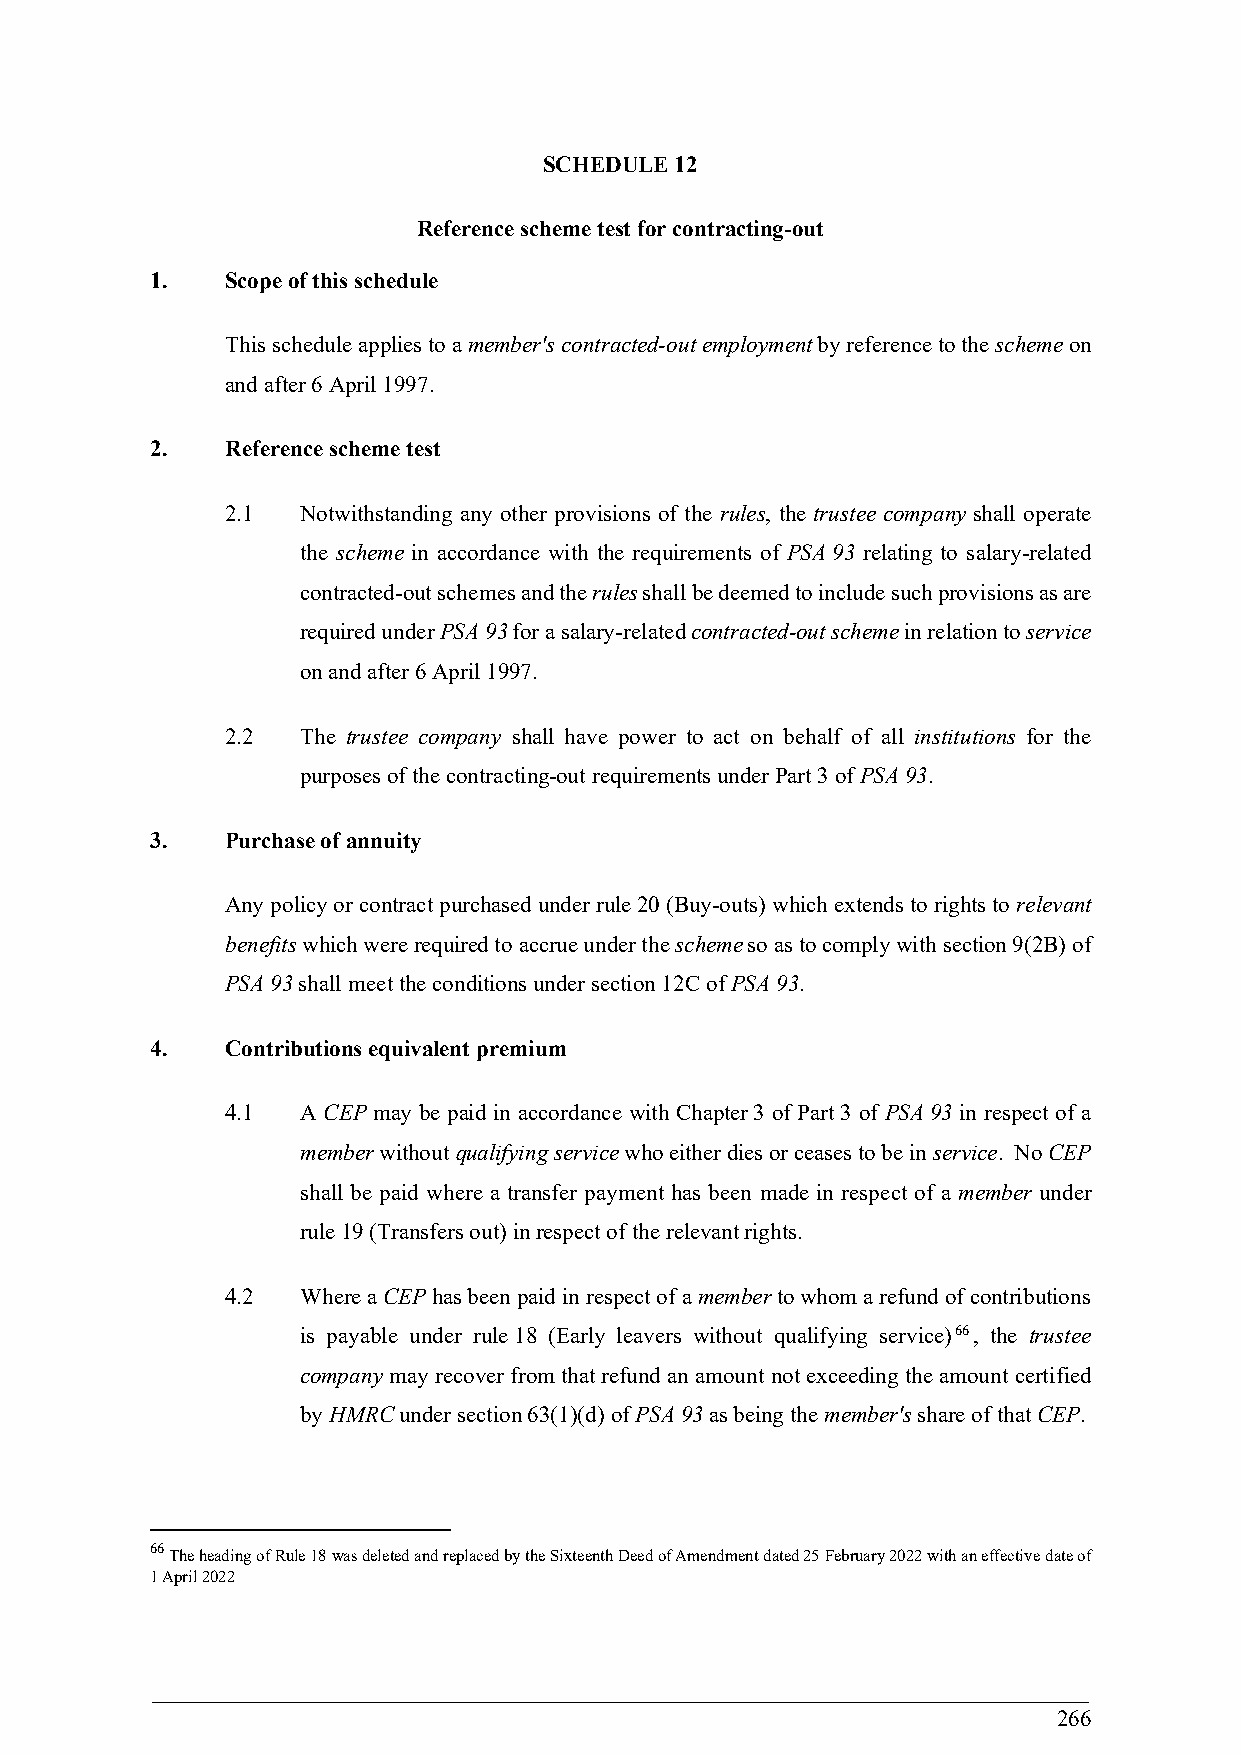
SCHEDULE 12
 Reference scheme test for contracting-out
 1.   Scope of this schedule
 This schedule applies to a member's contracted-out employment by reference to the scheme on
 and after 6 April 1997.
 2.   Reference scheme test
 2.1  Notwithstanding any other provisions of the rules, the trustee company shall operate
 the scheme in accordance with the requirements of PSA 93 relating to salary-related
 contracted-out schemes and the rules shall be deemed to include such provisions as are
 required under PSA 93 for a salary-related contracted-out scheme in relation to service
 on and after 6 April 1997.
 2.2  The trustee company shall have power to act on behalf of all institutions for the
 purposes of the contracting-out requirements under Part 3 of PSA 93.
 3.   Purchase of annuity
 Any policy or contract purchased under rule 20 (Buy-outs) which extends to rights to relevant
 benefits which were required to accrue under the scheme so as to comply with section 9(2B) of
 PSA 93 shall meet the conditions under section 12C of PSA 93.
 4.   Contributions equivalent premium
 4.1  A CEP may be paid in accordance with Chapter 3 of Part 3 of PSA 93 in respect of a
 member without qualifying service who either dies or ceases to be in service. No CEP
 shall be paid where a transfer payment has been made in respect of a member under
 rule 19 (Transfers out) in respect of the relevant rights.
 4.2  Where a CEP has been paid in respect of a member to whom a refund of contributions
 is payable under rule 18 (Early leavers without qualifying service)66, the trustee
 company may recover from that refund an amount not exceeding the amount certified
 by HMRC under section 63(1)(d) of PSA 93 as being the member's share of that CEP.
 66
 The heading of Rule 18 was deleted and replaced by the Sixteenth Deed of Amendment dated 25 February 2022 with an effective date of
 1 April 2022
 266